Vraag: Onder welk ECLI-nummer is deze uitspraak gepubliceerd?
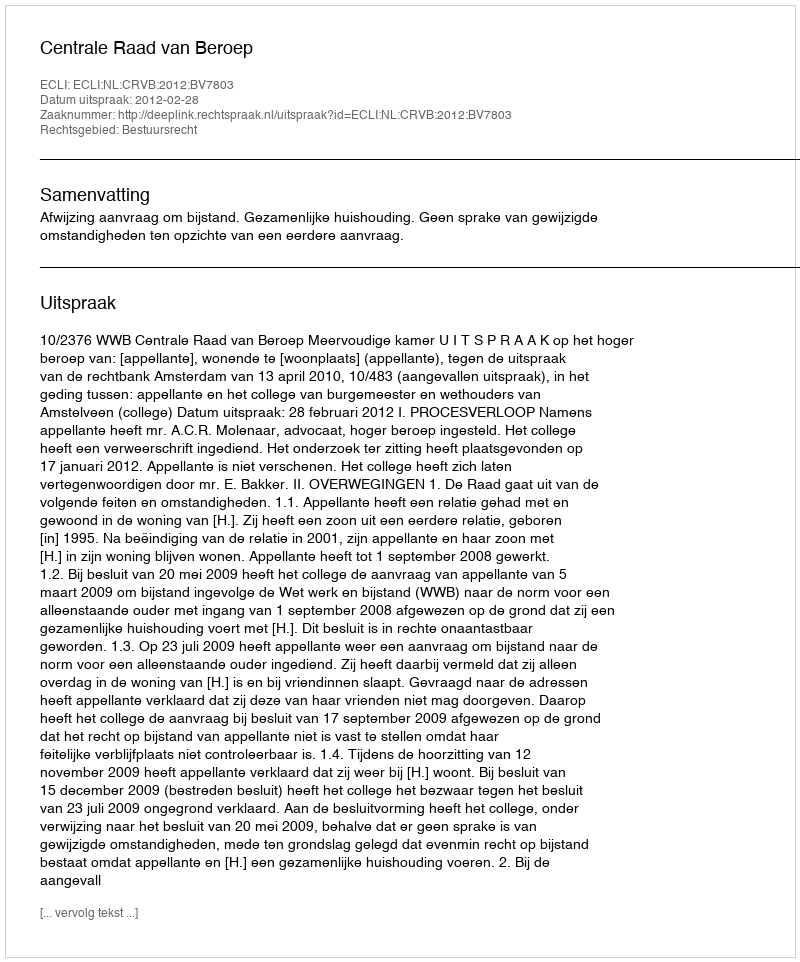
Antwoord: ECLI:NL:CRVB:2012:BV7803